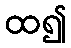
ထ၍